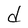
Character: d